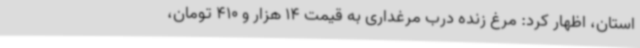
استان، اظهار کرد: مرغ زنده درب مرغداری به قیمت 14 هزار و 410 تومان،